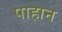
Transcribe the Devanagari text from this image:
पाहान